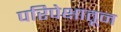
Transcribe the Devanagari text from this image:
परिपेक्षातून